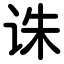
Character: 诛